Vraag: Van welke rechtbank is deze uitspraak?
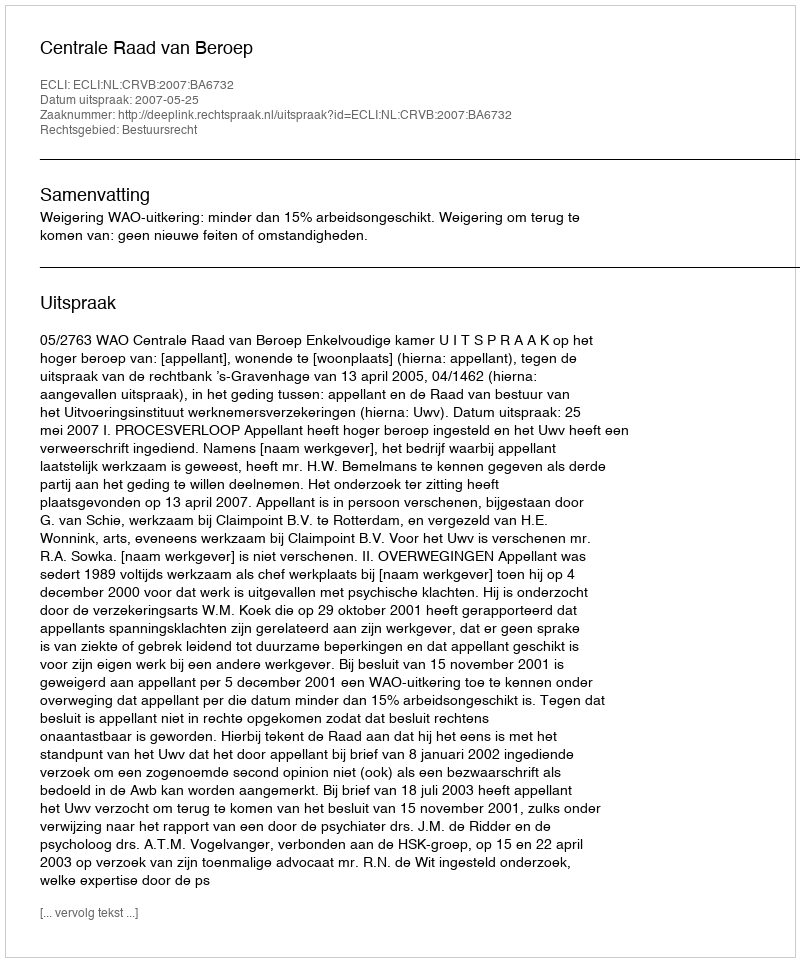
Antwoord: Centrale Raad van Beroep